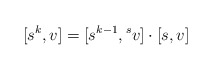
\begin{align*}[s^k,v] = [s^{k-1},{}^sv]\cdot [s,v]\end{align*}